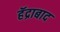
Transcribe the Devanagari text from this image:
हॅद्राबाद